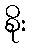
စိုး